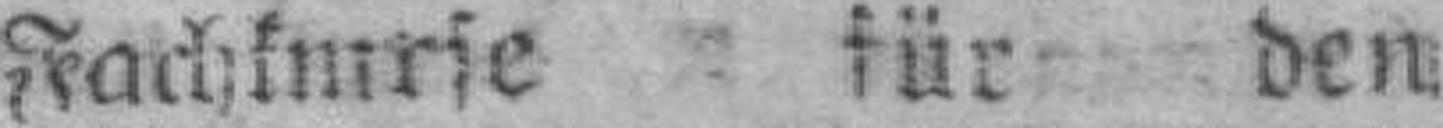
Fachkurse für den